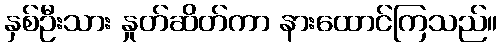
နှစ်ဦးသား နှုတ်ဆိတ်ကာ နားထောင်ကြသည်။